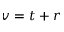
v = t + r